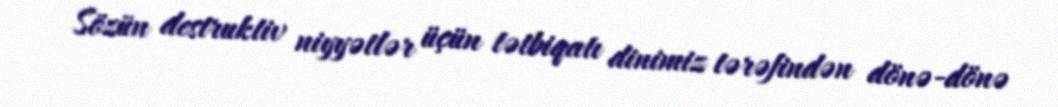
Sözün destruktiv niyyətlər üçün tətbiqatı dinimiz tərəfindən dönə-dönə